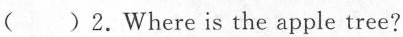
( )2.Where is the apple tree?